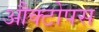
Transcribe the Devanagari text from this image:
औक्टोपस